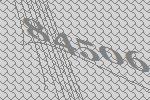
84506